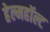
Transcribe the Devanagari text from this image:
हेल्महॉल्ट